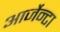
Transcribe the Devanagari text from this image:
आर्जेन्टा